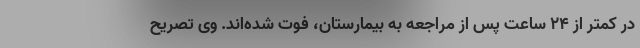
در کمتر از ۲۴ ساعت پس از مراجعه به بیمارستان، فوت شده‌اند. وی تصریح